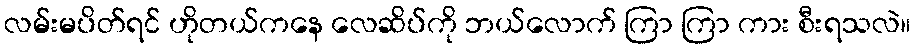
လမ်းမပိတ်ရင် ဟိုတယ်ကနေ လေဆိပ်ကို ဘယ်လောက် ကြာ ကြာ ကား စီးရသလဲ။